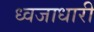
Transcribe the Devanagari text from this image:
ध्वजाधारी